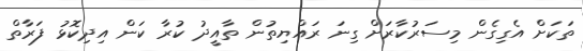
ތަކަށް އެގިގެން މިސަރުކާރަށް ގިނަ ރައްޔިތުން ތާއީދު ކުރާ ކަން އިދިކޮޅު ފަރާތް